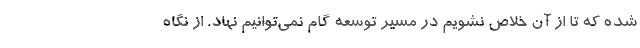
شده که تا از آن خلاص نشویم در مسیر توسعه گام نمی‌توانیم نهاد. از نگاه